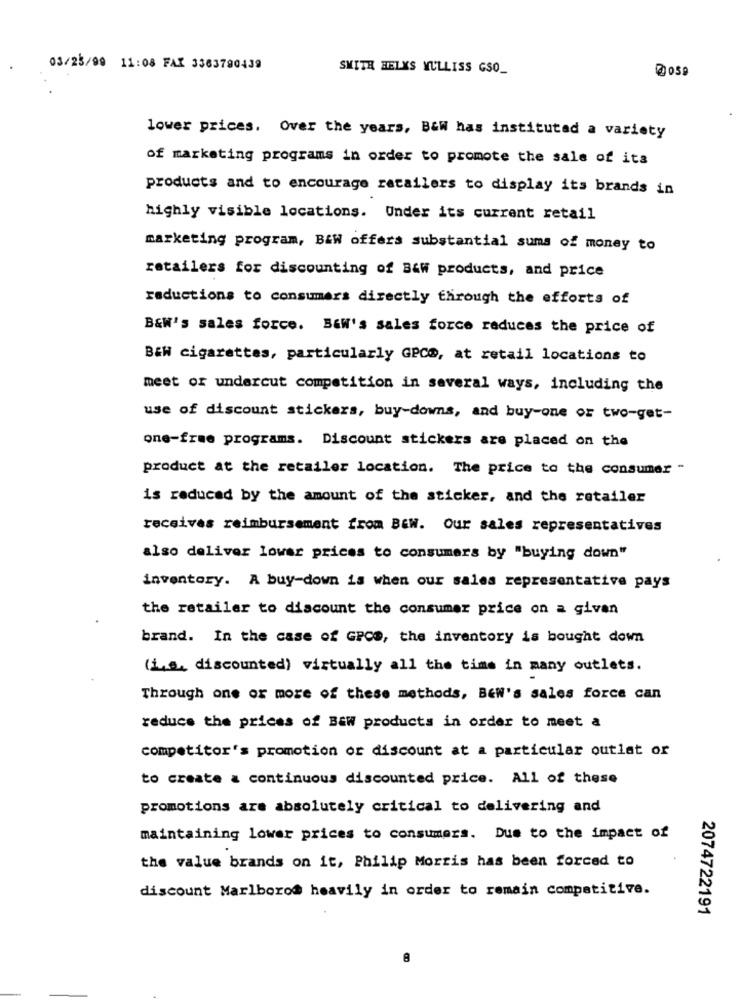
03/23/99 11:08 FAX 3363790439
SMITH HELKS MULLISS GSO_
lower prices. Over the years, B&W has instituted a variety
of marketing programs in order to promote the sale of its
products and to encourage retailers to display its brands in
highly visible locations. Under its current retail
marketing program, B&W offers substantial sums of money to
retailers for discounting of B&wf products, and price
reductions to consumers directly through the efforts of
B&W's sales force. Baw's sales force reduces the price of
B&W cigarettes, particularly GPCD, at retail locations to
meet or undercut competition in several ways, including the
use of discount stickers, buy-downs, and buy-one or two-get-
one-free programs. Discount stickers are placed on the
product at the retailer location. The price to the consumer -
is reduced by the amount of the sticker, and the retailer
receives reimbursement from B&W. Our sales representatives
also deliver lower prices to consumers by "buying down"
inventory. A buy-down is when our sales representative pays
the retailer to discount the consumer price on a given
brand. In the case of GPCS, the inventory is bought down
(i.s, discounted) virtually all the time in many outlets.
Through one or more of these methods, BeW's sales force can
reduce the prices of BEW products in order to meet a
competitor's promotion or discount at a particular outlet or
to create a continuous discounted price. All of these
promotions are absolutely critical to delivering and
maintaining lower prices to consumers. Due to the impact of
the value brands on it, Philip Morris has been forced to
discount Marlboro@ heavily in order to remain competitive.
2074722191